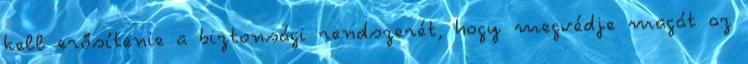
kell erősítenie a biztonsági rendszerét, hogy megvédje magát az